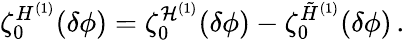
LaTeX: \zeta_{0}^{H^{(1)}}(\delta\phi)=\zeta_{0}^{{\cal H}^{(1)}}(\delta\phi)-\zeta_{0}^{\tilde{H}^{(1)}}(\delta\phi)\, .